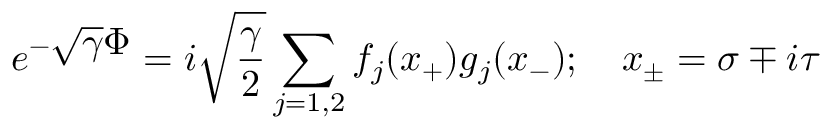
e ^ { - \displaystyle \sqrt { \gamma } \Phi } = { i \sqrt { \frac { \gamma } { 2 } } } \sum _ { j = 1 , 2 } f _ { j } ( x _ { + } ) g _ { j } ( x _ { - } ) ; \quad x _ { \pm } = \sigma \mp i \tau